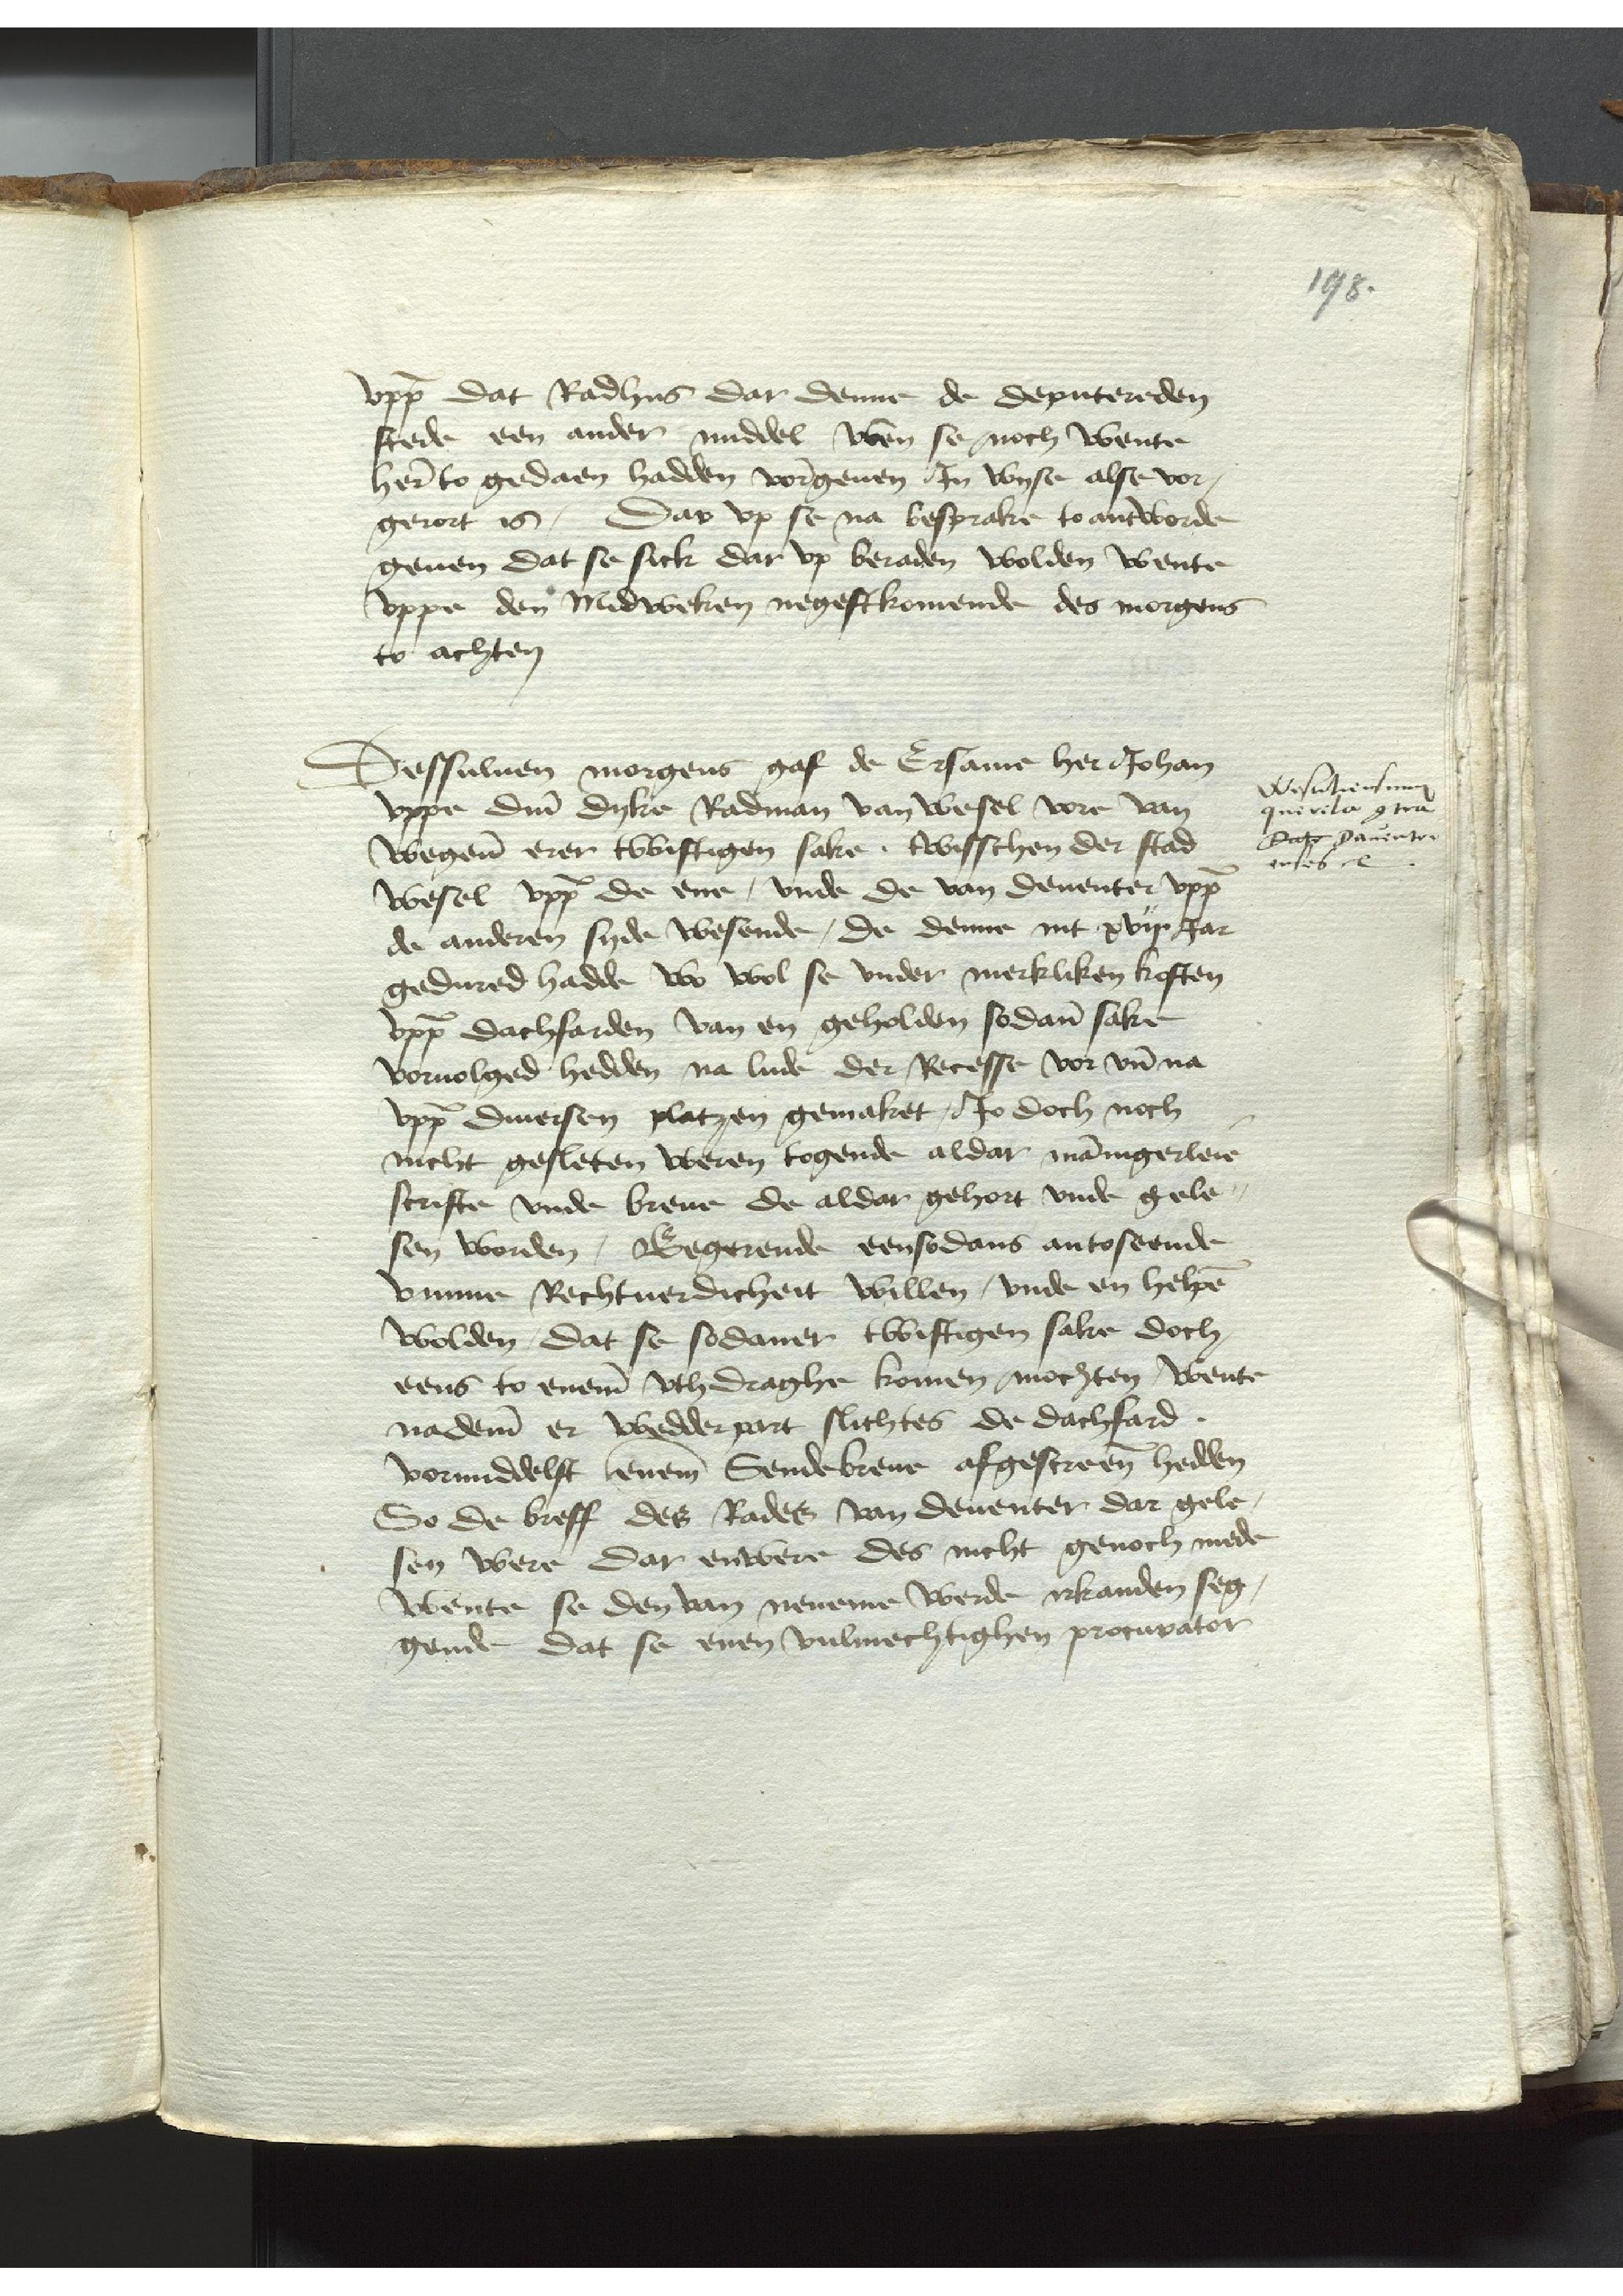
vppe dat Radhus dar denne de deputereden
stede een ander middel wen se noch wente
herer to gedaen hadden vorgeuen Jn wyse alse vor¬
gerort is, Dar vp se na besprake to antworde
geuen dat se sick dar vp beraden wolden wente
vppe den Midweken negestkomende des morgens
to achten

Dessuluen morgens gaf de Ersame her Johan
vppe Deme Dyke Radman van Wesel vore van
wegene erer twistigen sake, twisschen der stad
wesel vppe de ene, vnde de van Deuenter vppe
de anderen syde wesende, de denne int xvij. Jar
gedured hadde wo wol se vnder merkliken kosten
vppe dachfarden van en geholden sodane sake
voruolged hedden na lude der Recesse vor vnde na
vppe Diuersen platzen gemaket, Jo doch noch
nicht gesleten weren togende aldar mannigerleie
scrifte vnde breue de aldor gehort vnde gele¬
sen worden, Begerende eensodans antoseende
vmmme Rechtuerdicheit willen, vnde en helpen
wolden, dat se sodaner twistigen sake doch
eens to eneme vthdraghe komen mochten, wente
nademe er wedderpart slichtes de dachfard
vormiddelst eneme Sendebreue afgescreuen hedden
So de breff des Rades van deuenter dar gele¬
sen were dar enwere des nicht genoch mede
wente se den van neneme werde irkanden seg¬
gende dat se enen vulmechtighen procurator

Weselensinem
querela contra
Date Dauenter¬
enses etc